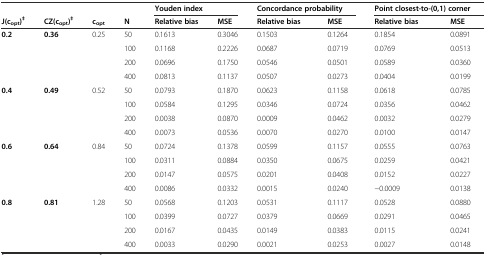
<table><thead><tr><td></td><td></td><td></td><td></td><td colspan="2"><b>Youden index</b></td><td colspan="2"><b>Concordance probability</b></td><td colspan="2"><b>Point closest-to-(0,1) corner</b></td></tr><tr><td><b>J(c<sub>opt</sub>)<sup>‡</sup></b></td><td><b>CZ(c<sub>opt</sub>)<sup>‡</sup></b></td><td><b>c<sub>opt</sub></b></td><td><b>N</b></td><td><b>Relative bias</b></td><td><b>MSE</b></td><td><b>Relative bias</b></td><td><b>MSE</b></td><td><b>Relative bias</b></td><td><b>MSE</b></td></tr></thead><tbody><tr><td><b>0.2</b></td><td><b>0.36</b></td><td>0.25</td><td>50</td><td>0.1613</td><td>0.3046</td><td>0.1503</td><td>0.1264</td><td>0.1854</td><td>0.0891</td></tr><tr><td></td><td></td><td></td><td>100</td><td>0.1168</td><td>0.2226</td><td>0.0687</td><td>0.0719</td><td>0.0769</td><td>0.0513</td></tr><tr><td></td><td></td><td></td><td>200</td><td>0.0696</td><td>0.1750</td><td>0.0546</td><td>0.0501</td><td>0.0589</td><td>0.0360</td></tr><tr><td></td><td></td><td></td><td>400</td><td>0.0813</td><td>0.1137</td><td>0.0507</td><td>0.0273</td><td>0.0404</td><td>0.0199</td></tr><tr><td><b>0.4</b></td><td><b>0.49</b></td><td>0.52</td><td>50</td><td>0.0793</td><td>0.1870</td><td>0.0623</td><td>0.1158</td><td>0.0618</td><td>0.0785</td></tr><tr><td></td><td></td><td></td><td>100</td><td>0.0584</td><td>0.1295</td><td>0.0346</td><td>0.0724</td><td>0.0356</td><td>0.0462</td></tr><tr><td></td><td></td><td></td><td>200</td><td>0.0038</td><td>0.0870</td><td>0.0009</td><td>0.0462</td><td>0.0032</td><td>0.0279</td></tr><tr><td></td><td></td><td></td><td>400</td><td>0.0073</td><td>0.0536</td><td>0.0070</td><td>0.0270</td><td>0.0100</td><td>0.0147</td></tr><tr><td><b>0.6</b></td><td><b>0.64</b></td><td>0.84</td><td>50</td><td>0.0724</td><td>0.1378</td><td>0.0599</td><td>0.1157</td><td>0.0555</td><td>0.0763</td></tr><tr><td></td><td></td><td></td><td>100</td><td>0.0311</td><td>0.0884</td><td>0.0350</td><td>0.0675</td><td>0.0259</td><td>0.0421</td></tr><tr><td></td><td></td><td></td><td>200</td><td>0.0147</td><td>0.0575</td><td>0.0201</td><td>0.0408</td><td>0.0152</td><td>0.0227</td></tr><tr><td></td><td></td><td></td><td>400</td><td>0.0086</td><td>0.0332</td><td>0.0015</td><td>0.0240</td><td>−0.0009</td><td>0.0138</td></tr><tr><td><b>0.8</b></td><td><b>0.81</b></td><td>1.28</td><td>50</td><td>0.0568</td><td>0.1203</td><td>0.0531</td><td>0.1117</td><td>0.0528</td><td>0.0880</td></tr><tr><td></td><td></td><td></td><td>100</td><td>0.0399</td><td>0.0727</td><td>0.0379</td><td>0.0669</td><td>0.0291</td><td>0.0465</td></tr><tr><td></td><td></td><td></td><td>200</td><td>0.0167</td><td>0.0435</td><td>0.0149</td><td>0.0383</td><td>0.0115</td><td>0.0241</td></tr><tr><td></td><td></td><td></td><td>400</td><td>0.0033</td><td>0.0290</td><td>0.0021</td><td>0.0253</td><td>0.0027</td><td>0.0148</td></tr></tbody></table>